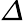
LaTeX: Δ